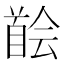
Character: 𩠠